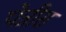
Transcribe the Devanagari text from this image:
पेन्नीस